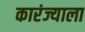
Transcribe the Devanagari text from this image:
कारंज्याला